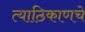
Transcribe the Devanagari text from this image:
त्याठिकाणचे